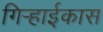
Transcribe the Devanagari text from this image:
गिऱ्हाईकास